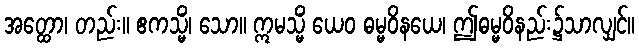
အတ္ထော၊ တည်း။ ဧကသ္မိံ၊ သော။ ဣမသ္မိံ ယေဝ ဓမ္မဝိနယေ၊ ဤဓမ္မဝိနည်း၌သာလျှင်။